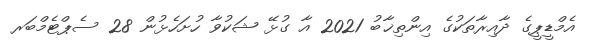
އެމްޑީޕީގެ ދާއިރާތަކުގެ އިންތިޚާބު 2021 އާ ގުޅޭ ޝަކުވާ ހުށަހެޅުން 28 ސެޕްޓެމްބަރ